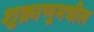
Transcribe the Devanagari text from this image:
शुक्राणूमधील